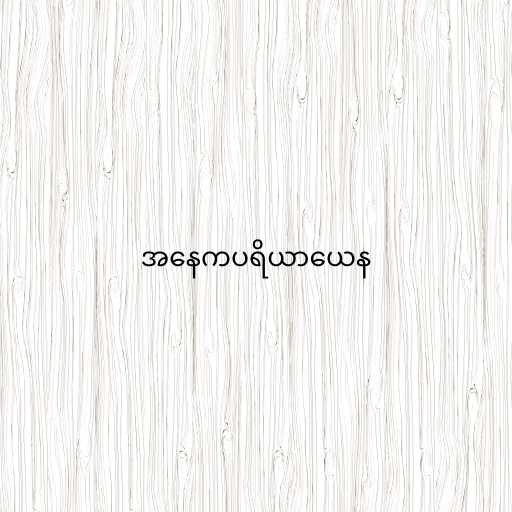
အနေကပရိယာယေန